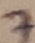
Text: 7